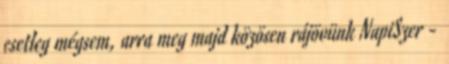
esetleg mégsem, arra meg majd közösen rájövünk NapiSzer -